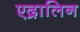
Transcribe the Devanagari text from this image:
एद्रालिन